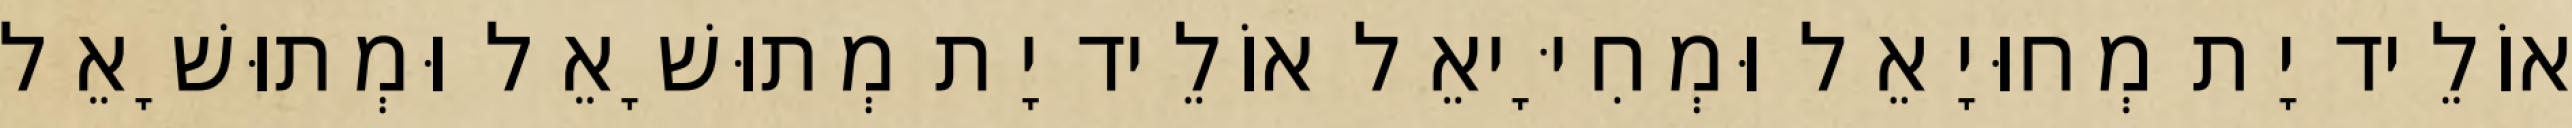
אוֹלֵיד יָת מְחוּיָאֵל וּמְחִיָּיאֵל אוֹלֵיד יָת מְתוּשָׁאֵל וּמְתוּשָׁאֵל